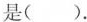
是()。